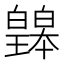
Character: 𤾲